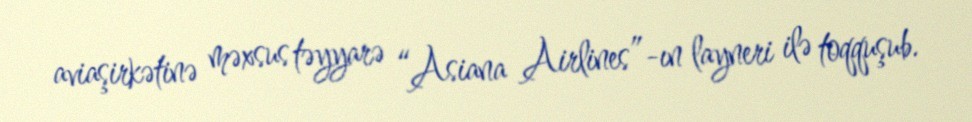
aviaşirkətinə məxsus təyyarə “Asiana Airlines”-ın layneri ilə toqquşub.